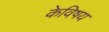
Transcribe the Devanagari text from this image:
केविषय